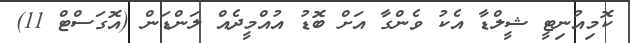
ކޮމިއުނިޓީ ޝީލްޑާ އެކު ވެންގާ އަށް ބޮޑު އުއްމީދެއް ލަންޑަން (އޮގަސްޓް 11)